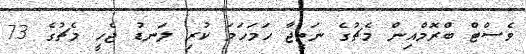
ވެސްޓް ބްރޮމްއިން މެޗުގެ ނަތީޖާ ހަމަހަމަ ކުރި ލަނޑު ޖެހީ މެޗުގެ 73